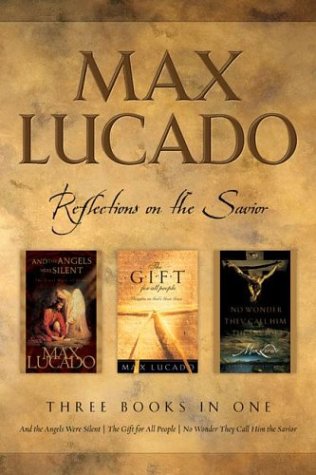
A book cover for Max Lucado: CBA Edition - 3-in-1 Compilation - And the Angels Were Silent, No Wo nder They Call Him Savior, The Gift for All People: Reflections on the Savior; Max Lucado; Christian Books & Bibles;